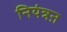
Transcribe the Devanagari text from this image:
नियंत्रऩ